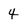
Character: 4